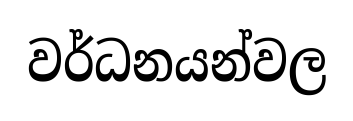
වර්ධනයන්වල